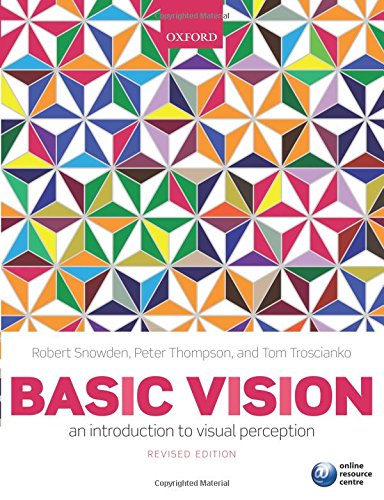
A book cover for Basic Vision: An Introduction to Visual Perception; Robert Snowden; Health, Fitness & Dieting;